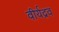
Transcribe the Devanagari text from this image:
वीर्यद्रव